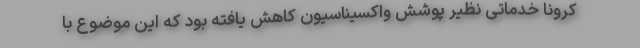
کرونا خدماتی نظیر پوشش واکسیناسیون کاهش یافته بود که این موضوع با